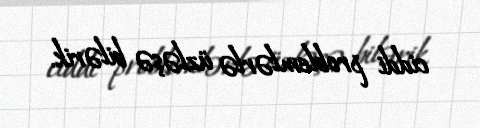
ciddi problemlərlə üzləşə bilərik.